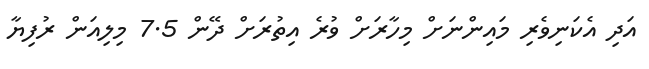
އަދި އެކަނިވެރި މައިންނަށް މިހާރަށް ވުރެ އިތުރަށް ދޭން 7.5 މިލިއަން ރުފިޔާ